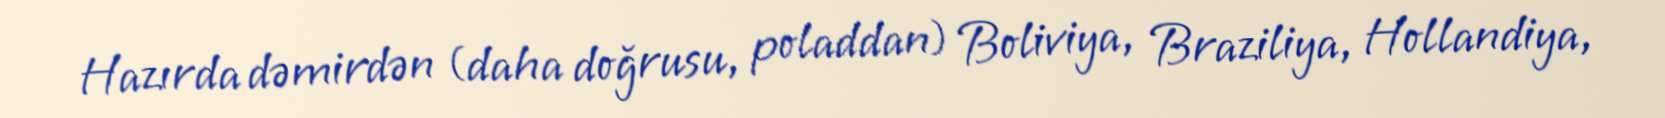
Hazırda dəmirdən (daha doğrusu, poladdan) Boliviya, Braziliya, Hollandiya,